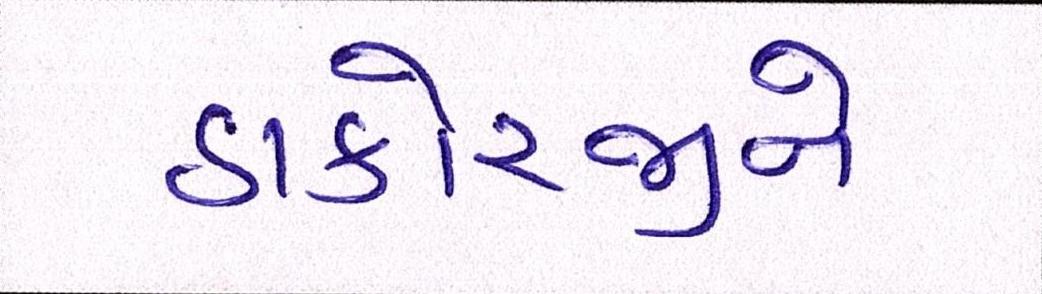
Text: ઠાકોરજીને